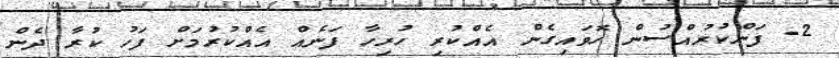
2- ފަންކުރުއްސުން ހޮވައިގެން އެއްކުރި ހުރިހާ ފަނެއް އެއްކުރުމަށް ފަހު ކުރާ ދެން